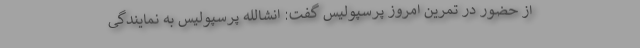
از حضور در تمرین امروز پرسپولیس گفت: انشالله پرسپولیس به نمایندگی